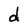
Character: d